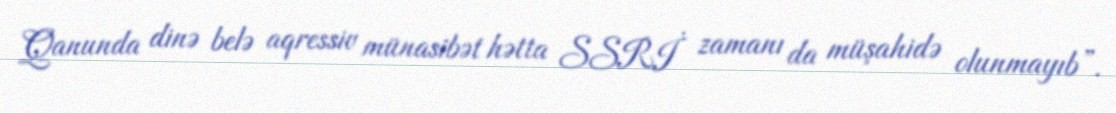
Qanunda dinə belə aqressiv münasibət hətta SSRİ zamanı da müşahidə olunmayıb”.